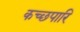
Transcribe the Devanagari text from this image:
कच्छपारि